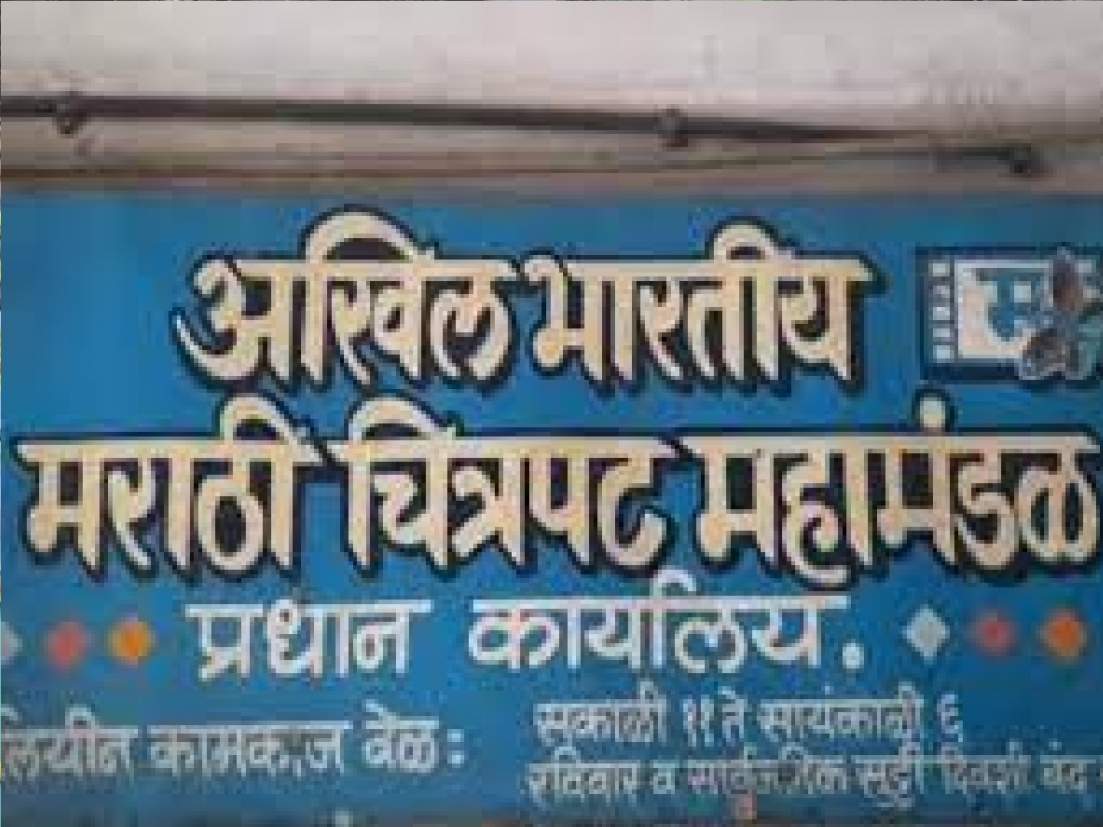
Language: marathi
Transcription: अखिल महामंडळ भारतीय प्रधान कार्यालय. कामकाज वेळ: सकाळी सायंकाळी रविवार बंद दिवशी मराठी चित्रपट सुट्टी